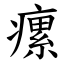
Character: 瘰